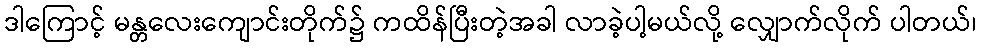
ဒါကြောင့် မန္တလေးကျောင်းတိုက်၌ ကထိန်ပြီးတဲ့အခါ လာခဲ့ပါ့မယ်လို့ လျှောက်လိုက် ပါတယ်၊